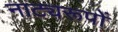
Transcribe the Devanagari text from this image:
नाट्यरूपों